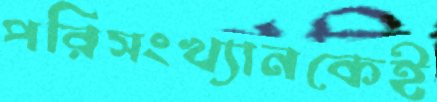
পরিসংখ্যানকেই